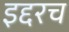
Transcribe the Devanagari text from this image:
इद्दरच